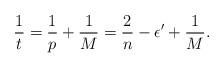
LaTeX: \begin{align*}\frac{1}{t} = \frac{1}{p}+\frac{1}{M} = \frac{2}{n}-\epsilon' +\frac{1}{M}.\end{align*}